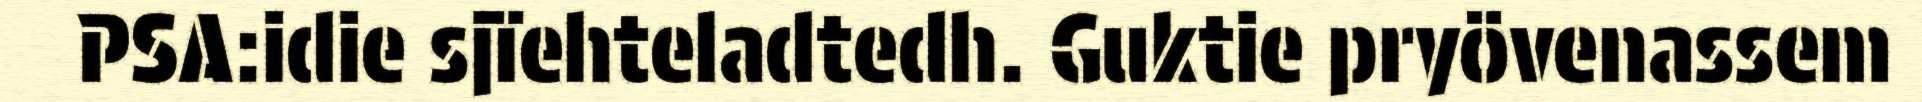
PSA:idie sjïehteladtedh. Guktie pryövenassem